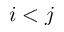
i < j